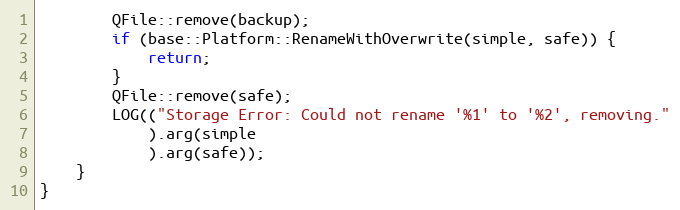
Language: C++
		QFile::remove(backup);
		if (base::Platform::RenameWithOverwrite(simple, safe)) {
			return;
		}
		QFile::remove(safe);
		LOG(("Storage Error: Could not rename '%1' to '%2', removing."
			).arg(simple
			).arg(safe));
	}
}